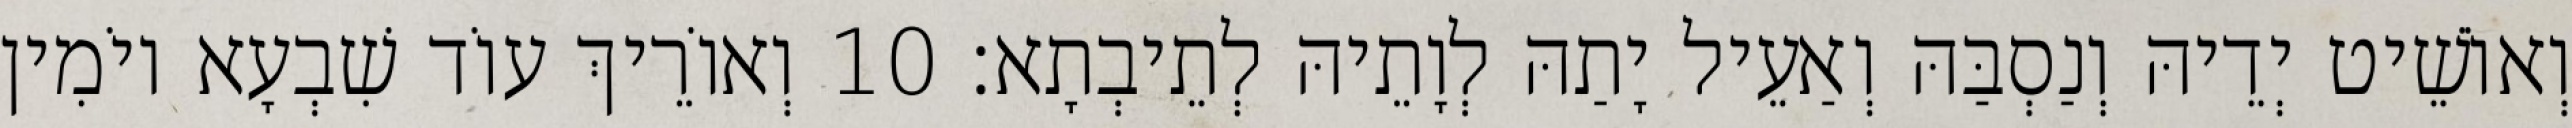
וְאוֹשֵׁיט יְדֵיהּ וְנַסְבַּהּ וְאַעֵיל יָתַהּ לְוָתֵיהּ לְתֵיבְתָא׃ 10 וְאוֹרֵיךְ עוֹד שִׁבְעָא יוֹמִין